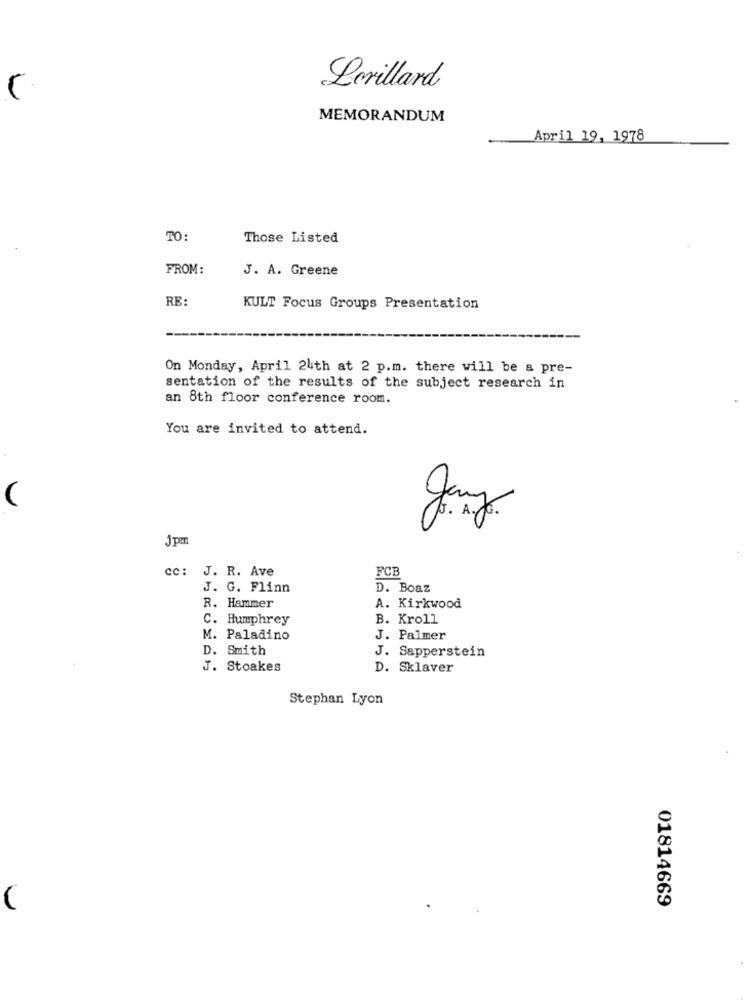
Lerillard
MEMORANDUM
April 19, 1978
TO:
Those Listed
FROM:
J. A. Greene
RE:
KULT Focus Groups Presentation
On Monday, April 24th at 2 p.m. there will be a pre-
sentation of the results of the subject research in
an 8th floor conference room.
You are invited to attend.
Jpm
cc: J. R. Ave
FCB
J. G. Flinn
D. Boaz
R. Hammer
A. Kirkwood
Humphrey
B. Kroll
M. Paladino
J. Palmer
D.
Smith
J. Sapperstein
J. Stoakes
D. Sklaver
Stephan Lyon
01814669